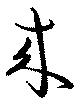
來